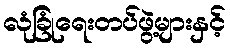
လုံခြုံရေးတပ်ဖွဲ့များနှင့်